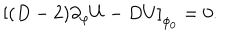
\left[ ( D - 2 ) \partial _ { \varphi } U - D U \right] _ { \phi _ { 0 } } = 0 .